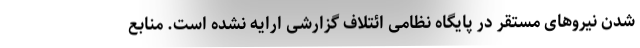
شدن نیروهای مستقر در پایگاه نظامی ائتلاف گزارشی ارایه نشده است. منابع